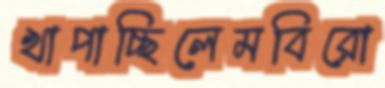
খাপাচ্ছিলেমবিরো